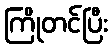
ကြိုတင်ပြီး